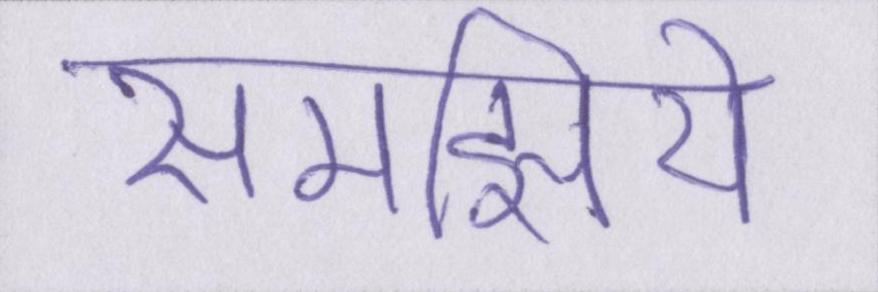
समझिये